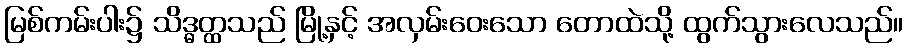
မြစ်ကမ်းပါး၌ သိဒ္ဓတ္ထသည် မြို့နှင့် အလှမ်းဝေးသော တောထဲသို့ ထွက်သွားလေသည်။